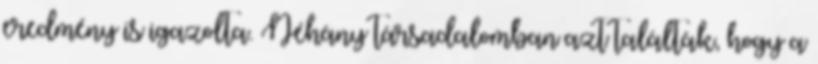
eredmény is igazolta. Néhány társadalomban azt találták, hogy a